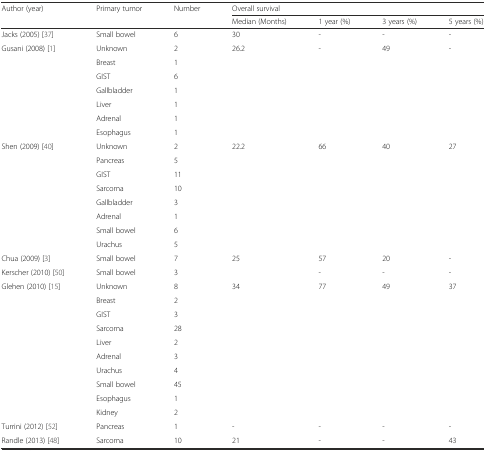
<table><thead><tr><td rowspan="2"><b>Author (year)</b></td><td rowspan="2"><b>Primary tumor</b></td><td rowspan="2"><b>Number</b></td><td colspan="4"><b>Overall survival</b></td></tr><tr><td><b>Median (Months)</b></td><td><b>1 year (%)</b></td><td><b>3 years (%)</b></td><td><b>5 years (%)</b></td></tr></thead><tbody><tr><td>Jacks (2005) [37]</td><td>Small bowel</td><td>6</td><td>30</td><td>-</td><td>-</td><td>-</td></tr><tr><td rowspan="7">Gusani (2008) [1]</td><td>Unknown</td><td>2</td><td rowspan="7">26.2</td><td rowspan="7">-</td><td rowspan="7">49</td><td rowspan="7">-</td></tr><tr><td>Breast</td><td>1</td></tr><tr><td>GIST</td><td>6</td></tr><tr><td>Gallbladder</td><td>1</td></tr><tr><td>Liver</td><td>1</td></tr><tr><td>Adrenal</td><td>1</td></tr><tr><td>Esophagus</td><td>1</td></tr><tr><td rowspan="8">Shen (2009) [40]</td><td>Unknown</td><td>2</td><td rowspan="8">22.2</td><td rowspan="8">66</td><td rowspan="8">40</td><td rowspan="8">27</td></tr><tr><td>Pancreas</td><td>5</td></tr><tr><td>GIST</td><td>11</td></tr><tr><td>Sarcoma</td><td>10</td></tr><tr><td>Gallbladder</td><td>3</td></tr><tr><td>Adrenal</td><td>1</td></tr><tr><td>Small bowel</td><td>6</td></tr><tr><td>Urachus</td><td>5</td></tr><tr><td>Chua (2009) [3]</td><td>Small bowel</td><td>7</td><td>25</td><td>57</td><td>20</td><td>-</td></tr><tr><td>Kerscher (2010) [50]</td><td>Small bowel</td><td>3</td><td></td><td>-</td><td>-</td><td>-</td></tr><tr><td rowspan="10">Glehen (2010) [15]</td><td>Unknown</td><td>8</td><td rowspan="10">34</td><td rowspan="10">77</td><td rowspan="10">49</td><td rowspan="10">37</td></tr><tr><td>Breast</td><td>2</td></tr><tr><td>GIST</td><td>3</td></tr><tr><td>Sarcoma</td><td>28</td></tr><tr><td>Liver</td><td>2</td></tr><tr><td>Adrenal</td><td>3</td></tr><tr><td>Urachus</td><td>4</td></tr><tr><td>Small bowel</td><td>45</td></tr><tr><td>Esophagus</td><td>1</td></tr><tr><td>Kidney</td><td>2</td></tr><tr><td>Turrini (2012) [52]</td><td>Pancreas</td><td>1</td><td>-</td><td>-</td><td>-</td><td>-</td></tr><tr><td>Randle (2013) [48]</td><td>Sarcoma</td><td>10</td><td>21</td><td>-</td><td>-</td><td>43</td></tr></tbody></table>